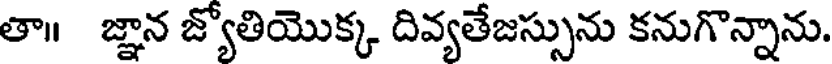
తా॥ జ్ఞాన జ్యోతియొక్క దివ్యతేజస్సును కనుగొన్నాను.